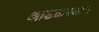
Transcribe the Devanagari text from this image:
आढळस्थान